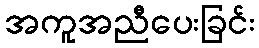
အကူအညီပေးခြင်း